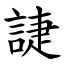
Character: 誱